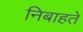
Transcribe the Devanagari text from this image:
निबाहते